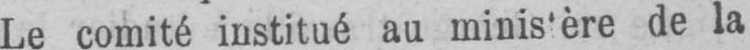
de la